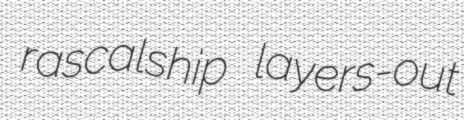
rascalship layers-out